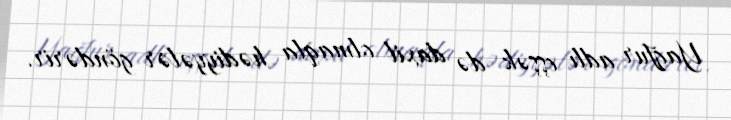
Yağfur adlı eşşək də daxil olmaqla hədiyyələr göndərir.